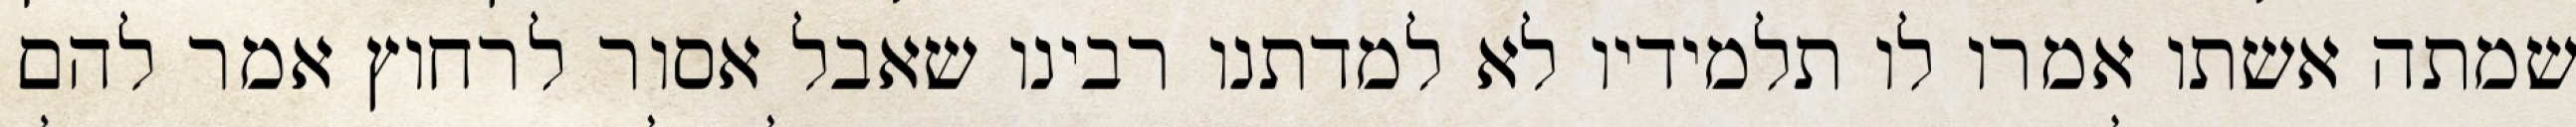
שמתה אשתו אמרו לו תלמידיו לא למדתנו רבינו שאבל אסור לרחוץ אמר להם